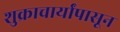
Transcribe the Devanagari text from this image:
शुक्राचार्यांपासून